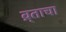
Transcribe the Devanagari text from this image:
व्र्ताचा